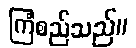
ကြံစည်သည်။